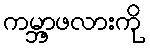
ကမ္ဘာ့ဖလားကို